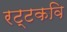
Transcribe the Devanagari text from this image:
रट्टकवि